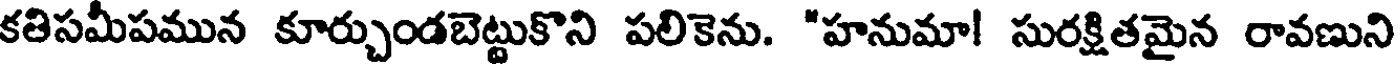
కతిసమీపమున కూర్చుండబెట్టుకొని పలికెను. "హనుమా! సురక్షితమైన రావణుని